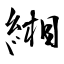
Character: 緗